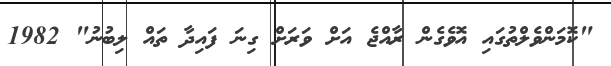
"ކޮމަންވެލްތުގައި އޮވެގެން ރާއްޖެ އަށް ވަރަށް ގިނަ ފައިދާ ތައް ލިބުނު" 1982